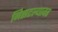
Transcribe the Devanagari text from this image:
निसटल्यावर